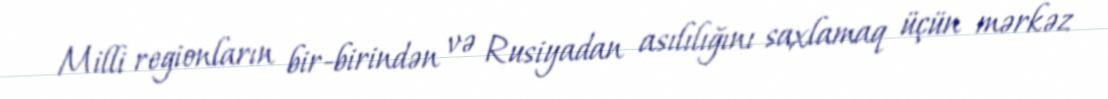
Milli regionların bir-birindən və Rusiyadan asılılığını saxlamaq üçün mərkəz